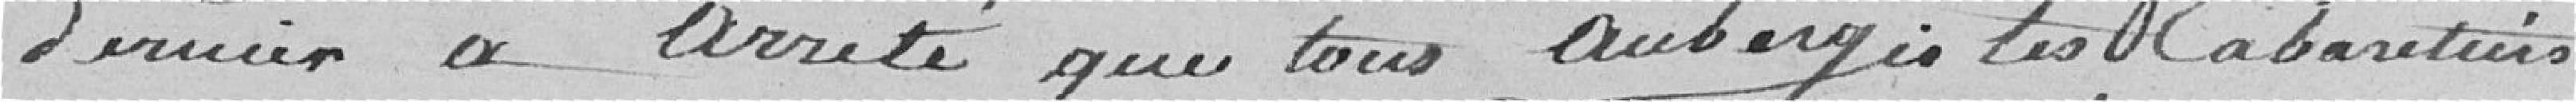
dernier a arrêté que tous aubergistes, cabaretiers